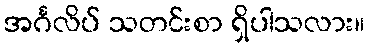
အင်္ဂလိပ် သတင်းစာ ရှိပါသလား။